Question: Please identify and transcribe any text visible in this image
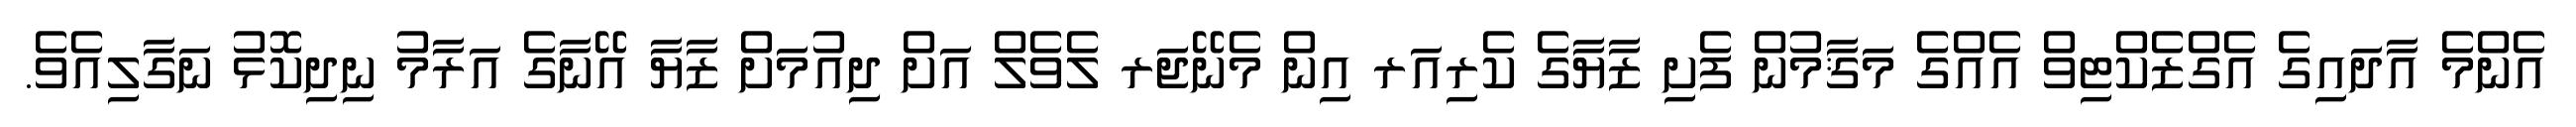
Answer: އެންމެ އާދައިގެ އެގްޒެކްޓިވް އެއްގެ މަޤާމުން ފެށި ޒާޔާގެ ކެރިއަރ އިން މެނޭޖަރ ލެވެލް އަށް ދިއުމަށް ޒާޔާ އޭނާގެ އަރާމު ނިދިކޮޅު ނަގާލިއެވެ.